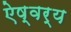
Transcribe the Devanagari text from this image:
ऐष्वर्य